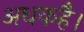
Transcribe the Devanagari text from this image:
अधकहै।